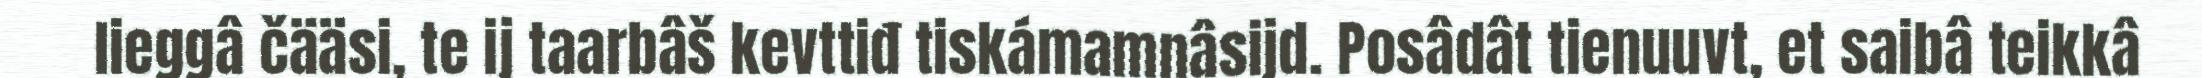
lieggâ čääsi, te ij taarbâš kevttiđ tiskámamnâsijd. Posâdât tienuuvt, et saibâ teikkâ